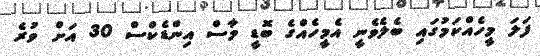
ފަލަ މީހެއްކަމުގައި ބެލެވެނީ އެމީހެއްގެ ބޮޑީ މާސް އިންޑެކްސް 30 އަށް ވުރެ